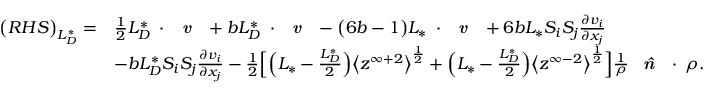
\begin{array} { r l } { \big ( R H S \big ) _ { L _ { D } ^ { * } } = } & { \frac { 1 } { 2 } { L _ { D } ^ { * } } \mathbf { \nabla } \cdot \textbf { \emph { v } } + b { L _ { D } ^ { * } } \mathbf { \nabla } \cdot \textbf { \emph { v } } - \big ( 6 b - 1 \big ) { L _ { * } } \mathbf { \nabla } \cdot \textbf { \emph { v } } + 6 b { L _ { * } } S _ { i } S _ { j } \frac { \partial v _ { i } } { \partial x _ { j } } } \\ & { - b { L _ { D } ^ { * } } S _ { i } S _ { j } \frac { \partial v _ { i } } { \partial x _ { j } } - \frac { 1 } { 2 } \Big [ \Big ( { L _ { * } } - \frac { L _ { D } ^ { * } } { 2 } \Big ) \big < z ^ { \infty + 2 } \big > ^ { \frac { 1 } { 2 } } + \Big ( { L _ { * } } - \frac { L _ { D } ^ { * } } { 2 } \Big ) \big < z ^ { \infty - 2 } \big > ^ { \frac { 1 } { 2 } } \Big ] \frac { 1 } { \rho } \textbf { \emph { \^ n } } \cdot \mathbf { \nabla } \rho . } \end{array}